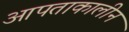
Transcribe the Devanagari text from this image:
आपताकालीन